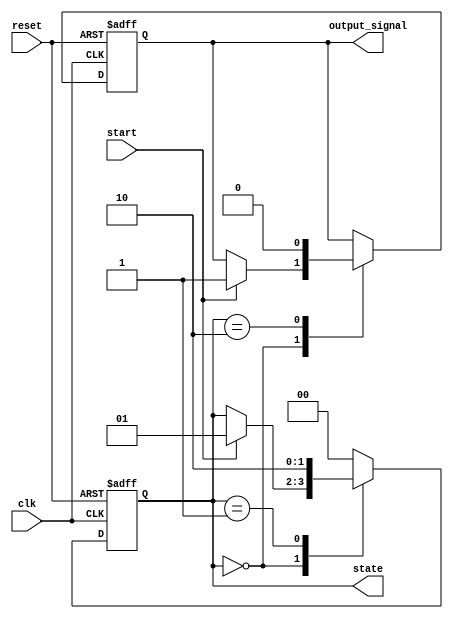
module StateMachine (
    input wire clk,            // Clock signal
    input wire reset,          // Active-high reset signal
    input wire start,          // Example input signal to change state
    output reg [1:0] state,    // State variable (2-bit)
    output reg output_signal    // Output derived from state
);

// State encoding
localparam STATE_IDLE = 2'b00;
localparam STATE_RUNNING = 2'b01;
localparam STATE_DONE = 2'b10;

always @(posedge clk or posedge reset) begin
    // Reset condition
    if (reset) begin
        // State initialization
        state <= STATE_IDLE; // Default state
        output_signal <= 1'b0; // Default output
    end else begin
        // State transition logic
        case (state)
            STATE_IDLE: begin
                if (start) begin
                    state <= STATE_RUNNING; // Transition to running state
                    output_signal <= 1'b1;   // Change output when starting
                end
            end
            
            STATE_RUNNING: begin
                // Simulate running condition
                // At some condition (could be time-based or another signal), transition to done
                state <= STATE_DONE; // Example transition
            end
            
            STATE_DONE: begin
                // Handle done state, maybe go back to idle or some other logic
                state <= STATE_IDLE; // Return to idle state
                output_signal <= 1'b0; // Reset output signal
            end
            
            default: begin
                // Fallback not necessary due to reset logic, but good practice to have
                state <= STATE_IDLE;
            end
        endcase
    end
end

endmodule